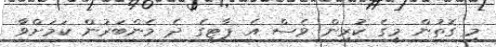
މި ގޮތުން މީގެ ކުރިން ވެސް އެ ޕާޓީގެ ދެ މެންބަރުން ކަމަށްވާ